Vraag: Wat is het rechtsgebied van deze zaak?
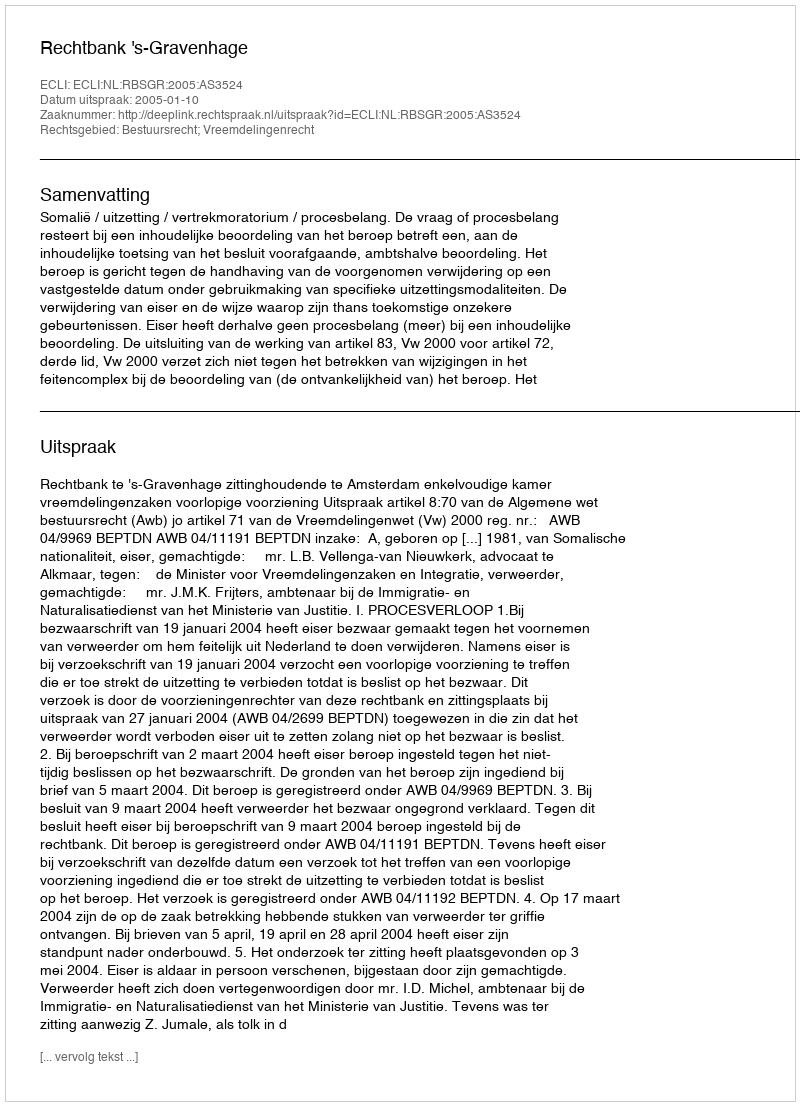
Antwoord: Bestuursrecht; Vreemdelingenrecht